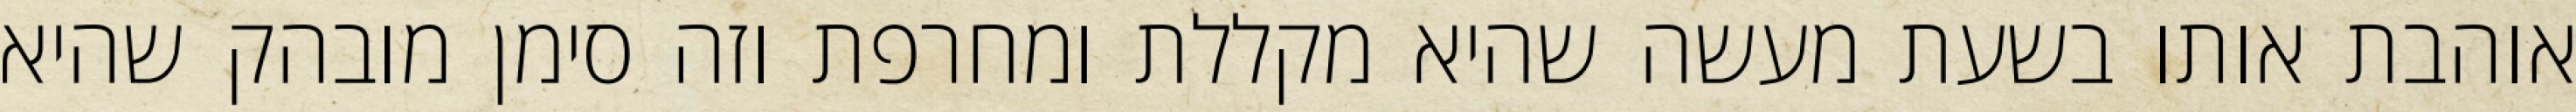
אוהבת אותו בשעת מעשה שהיא מקללת ומחרפת וזה סימן מובהק שהיא